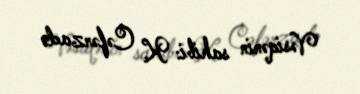
Vəsiqənin sahibi: K. Cəfərzadə